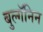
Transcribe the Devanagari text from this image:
बुल्गॅनिन